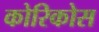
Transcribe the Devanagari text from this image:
कोरिकोस